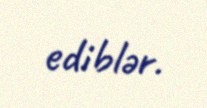
ediblər.